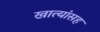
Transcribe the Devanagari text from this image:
खात्यांसह